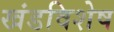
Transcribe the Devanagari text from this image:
खंडविशेष